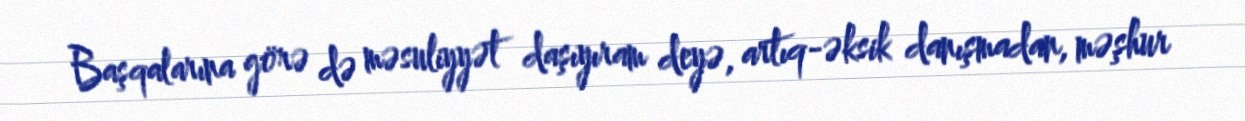
Başqalarına görə də məsuliyyət daşıyıram deyə, artıq-əksik danışmadan, məşhur